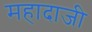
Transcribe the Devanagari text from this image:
महादाजी